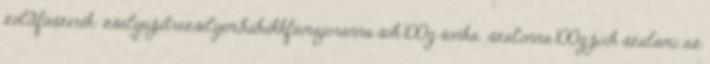
züldfűszerek: zsálya,petrezselyem,kakukkfű,majoránna sok 100g sonka szalonna 100g pick szalámi az